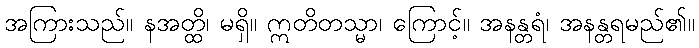
အကြားသည်။ နအတ္ထိ၊ မရှိ။ ဣတိတသ္မာ၊ ကြောင့်။ အနန္တရံ၊ အနန္တရမည်၏။